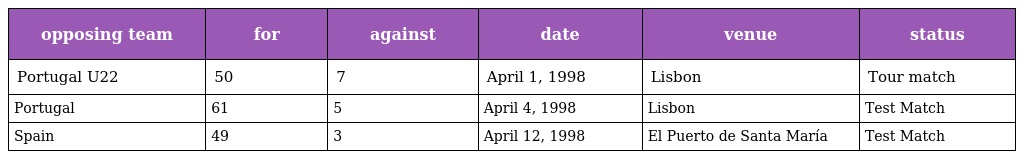
| opposing team | for | against | date | venue | status |
 | --- | --- | --- | --- | --- | --- |
 | Portugal U22 | 50 | 7 | April 1, 1998 | Lisbon | Tour match |
 | Portugal | 61 | 5 | April 4, 1998 | Lisbon | Test Match |
 | Spain | 49 | 3 | April 12, 1998 | El Puerto de Santa María | Test Match |